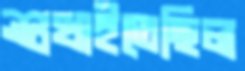
শুখাইতেছিল